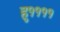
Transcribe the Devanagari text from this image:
हु११११